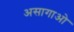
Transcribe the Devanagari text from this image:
असागाओ